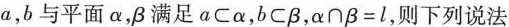
a，b与平面α，β满足a\subsetα，b\subset\beta ，$$α \cap β = l$$，则下列说法